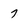
Character: 7